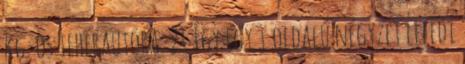
kg-os teherautóra. 21 Így egy 1 oldalú négyzet lefedi